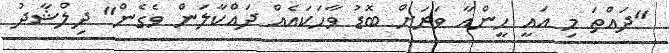
"ދައްތަ މި އައީ ހީންއާ ވަރަށް ބޮޑު ވާހަކައެއް ދައްކާލަން ވެގެން" ދިލްޝާދު